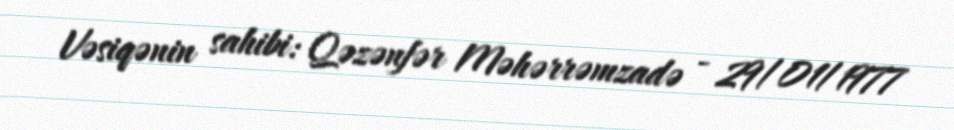
Vəsiqənin sahibi: Qəzənfər Məhərrəmzadə - 29/01/1977